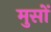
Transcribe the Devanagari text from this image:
मुसों